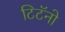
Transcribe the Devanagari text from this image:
टिटॅनो